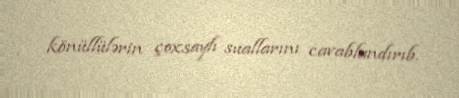
könüllülərin çoxsaylı suallarını cavablandırıb.